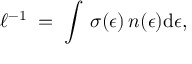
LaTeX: \ell ^ { - 1 } \; = \; \int \, \sigma ( \epsilon ) \, n ( \epsilon ) \mathrm { d } \epsilon ,